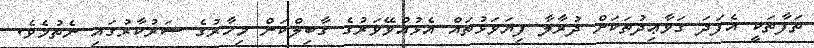
ތަފާތަކީ އެފަދަ ގަވާޢިދުތަކަށް ދުރާލާ ފިޔަވަޅުތައް އެޅުއްވޭވަރުގެ ގާބިލްކަން މިހާރުގެ ސަރުކާރުގައި ނެތުމެވެ.